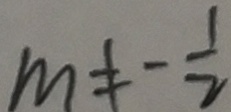
m \neq - \frac { 1 } { 2 }